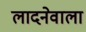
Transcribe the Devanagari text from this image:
लादनेवाला